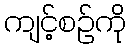
ကျင့်စဉ်ကို